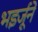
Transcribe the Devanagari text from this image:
भइर्जूने